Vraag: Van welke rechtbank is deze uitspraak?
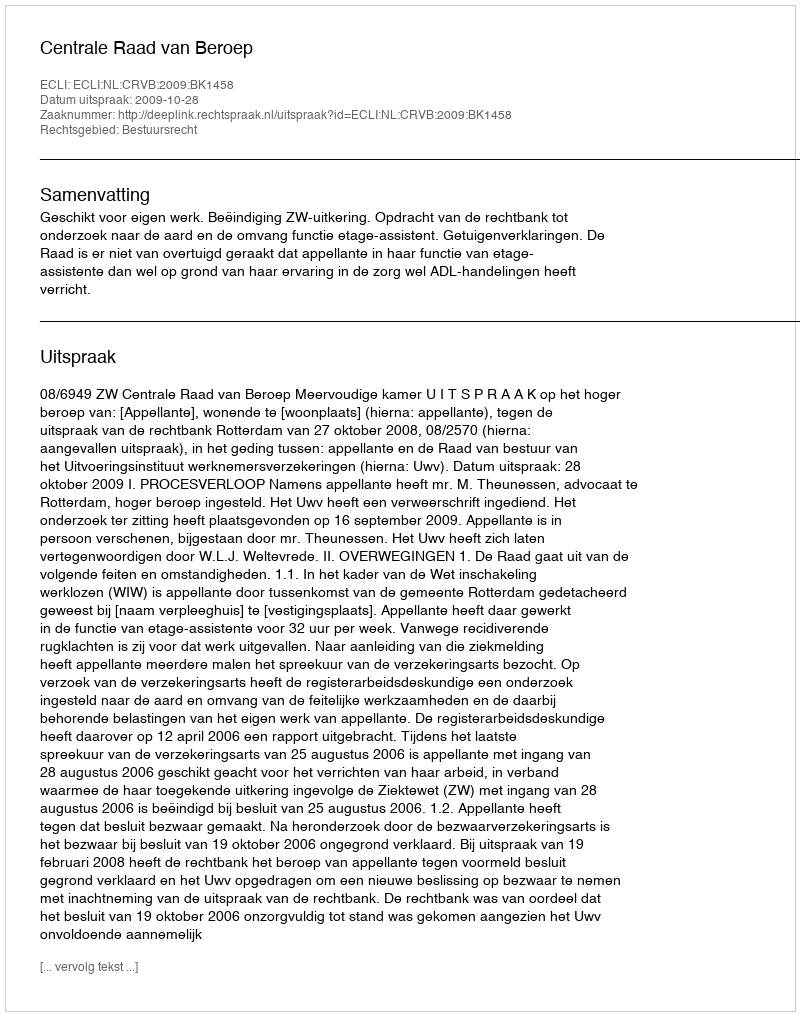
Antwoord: Centrale Raad van Beroep